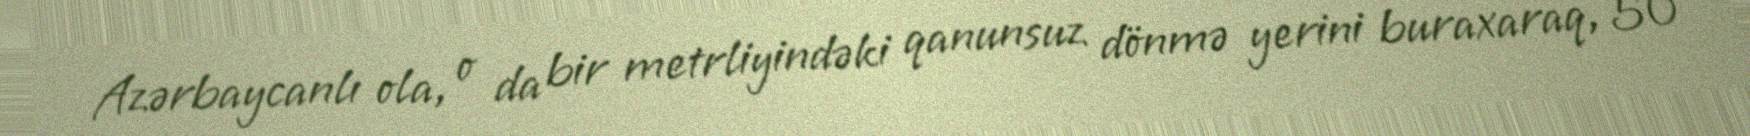
Azərbaycanlı ola, o da bir metrliyindəki qanunsuz dönmə yerini buraxaraq, 50